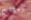
اعجاب